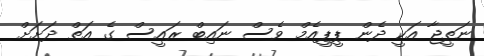
ނަތީޖާ އަކީ ދެން ޕީޕީއެމް ވެސް ނައިބް ރައީސް ގެ އަތް ދަށަށް